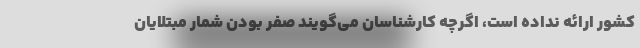
کشور ارائه نداده است، اگرچه کارشناسان می‌گویند صفر بودن شمار مبتلایان